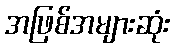
အဖြစ်အများဆုံး